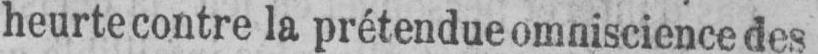
heurte contre la prétendue omniscience des